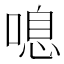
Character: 𠺒